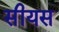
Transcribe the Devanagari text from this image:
सीयस